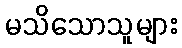
မသိသောသူများ